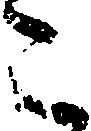
こ